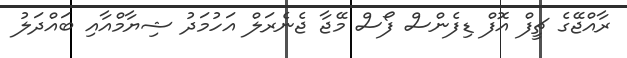
ރާއްޖޭގެ ޗީފް އޮފް ޑިފެންސް ފޯސް މޭޖާ ޖެނެރަލް އަހުމަދު ޝިޔާމްއާއި ބައްދަލު